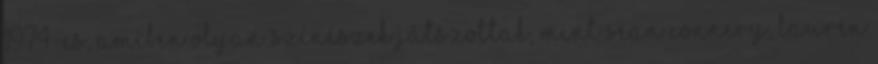
1974-es, amiben olyan színészek játszottak, mint Sean Connery, Lauren